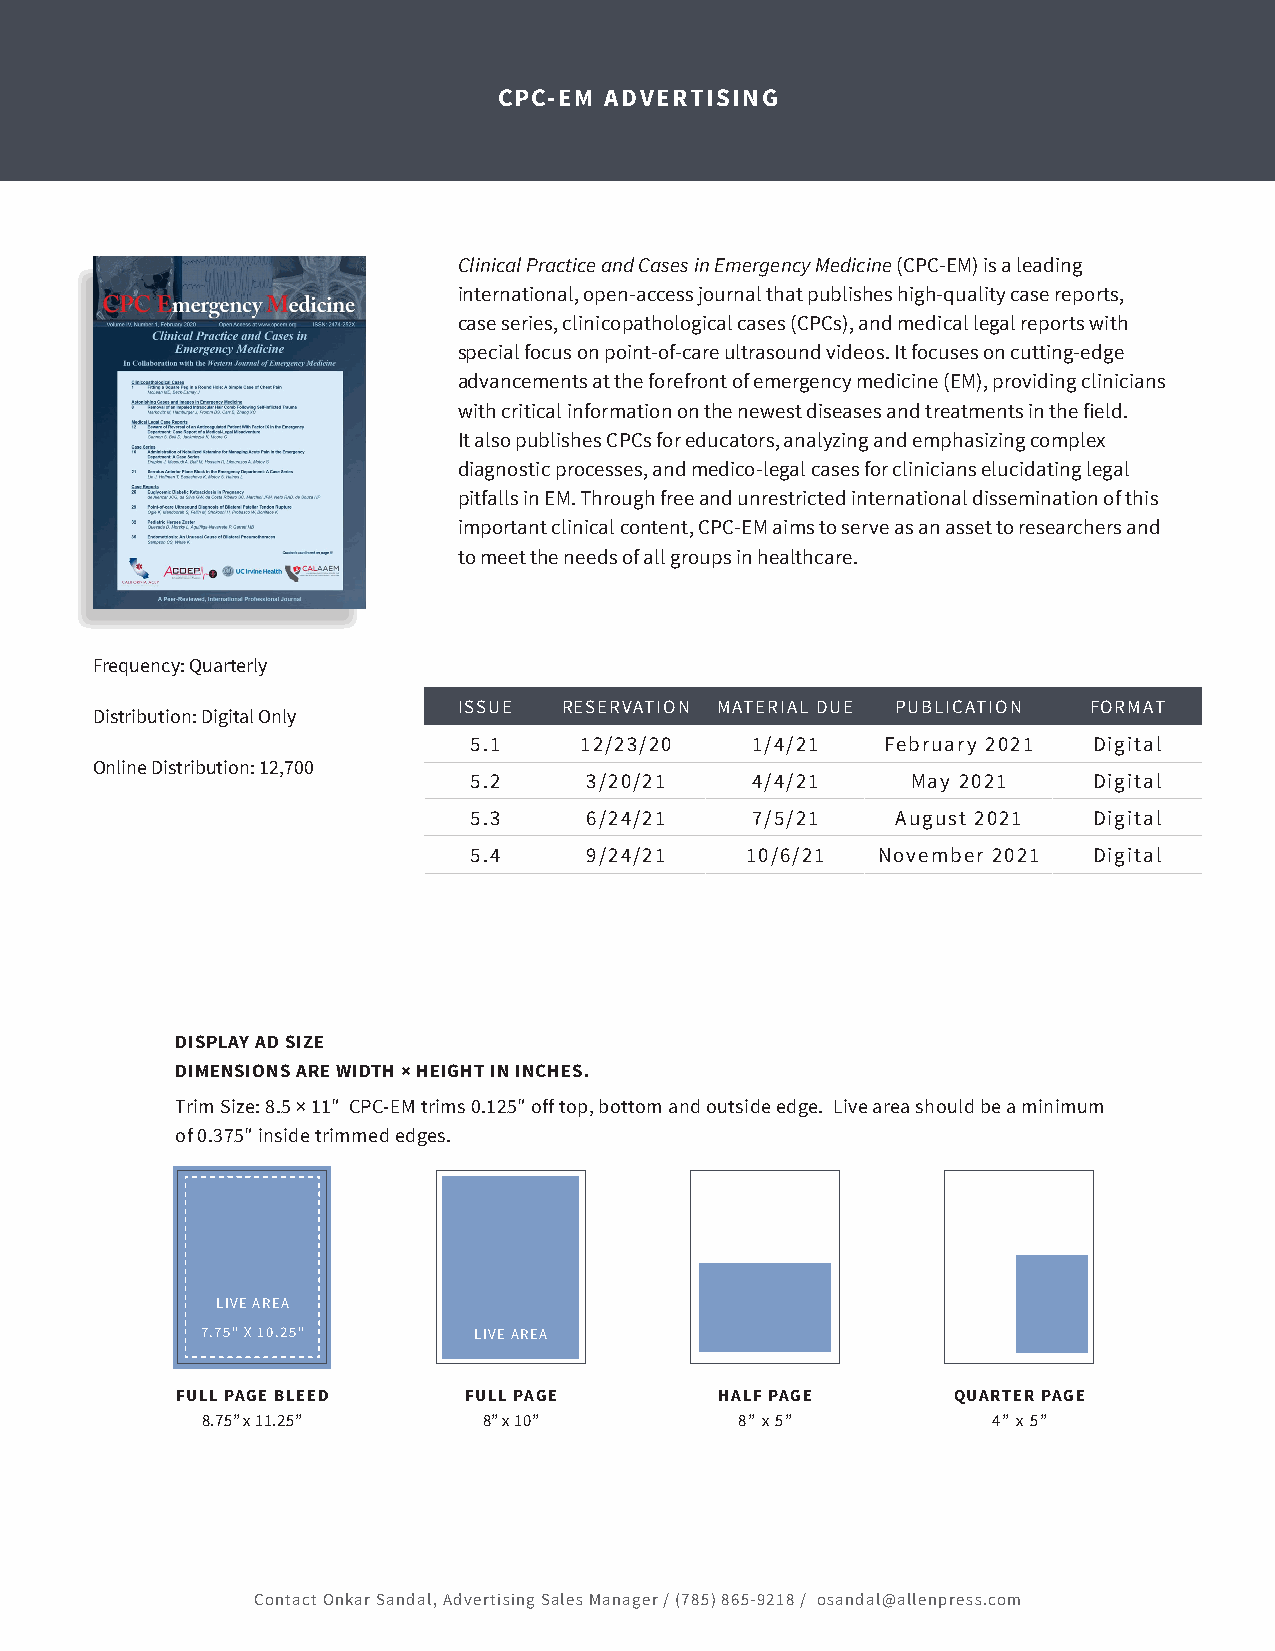
CPC-EM ADVERTISING
 Clinical Practice and Cases in Emergency Medicine (CPC-EM) is a leading
 international, open-access journal that publishes high-quality case reports,
 case series, clinicopathological cases (CPCs), and medical legal reports with
 special focus on point-of-care ultrasound videos. It focuses on cutting-edge
 advancements at the forefront of emergency medicine (EM), providing clinicians
 with critical information on the newest diseases and treatments in the field.
 It also publishes CPCs for educators , analyzing and emphasizing complex
 diagnostic processes, and medico-legal cases for clinicians elucidating legal
 pitfalls in EM. Through free and unrestricted international dissemination of this
 important clinical content, CPC-EM aims to serve as an asset to researchers and
 to meet the needs of all groups in healthcare.
 Frequency: Quarterly
 ISSUE  RESERVATION MATERIAL DUE PUBLICATION FORMAT
 Distribution: Digital Only
 5.1    12/23/20    1/4/21   February 2021 Digital
 Online Distribution: 12,700
 5.2     3/20/21    4/4/21    May 2021    Digital
 5.3     6/24/21    7/5/21   August 2021  Digital
 5.4     9/24/21   10/6/21  November 2021 Digital
 DISPLAY AD SIZE
 DIMENSIONS ARE WIDTH × HEIGHT IN INCHES.
 Trim Size: 8.5 × 11″ CPC-EM trims 0.125″ off top, bottom and outside edge. Live area should be a minimum
 of 0.375″ inside trimmed edges.
 LIVE AREA
 7.75" X 10.25"    LIVE AREA
 FULL PAGE BLEED    FULL PAGE        HALF PAGE      QUARTER PAGE
 8.75” x 11.25”     8” x 10”         8” x 5”          4” x 5”
 Contact Onkar Sandal, Advertising Sales Manager / (785) 865-9218 / osandal@allenpress.com